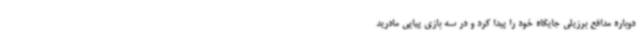
دوباره مدافع برزیلی جایگاه خود را پیدا کرد و در سه بازی پیاپی مادرید